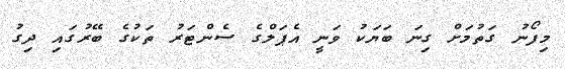
މިފޯނު ގަތުމަށް ގިނަ ބަޔަކު ވަނީ އެޕަލްގެ ސެންޓަރު ތަކުގެ ބޭރުގައި ދިގު